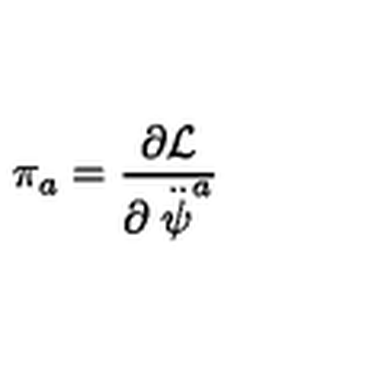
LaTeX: \pi _ { a } = \frac { \partial { \cal L } } { \partial \stackrel { . . } { \psi } ^ { a } }